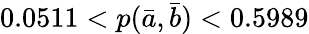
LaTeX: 0.0511<p(\bar{a},\bar{b})<0.5989